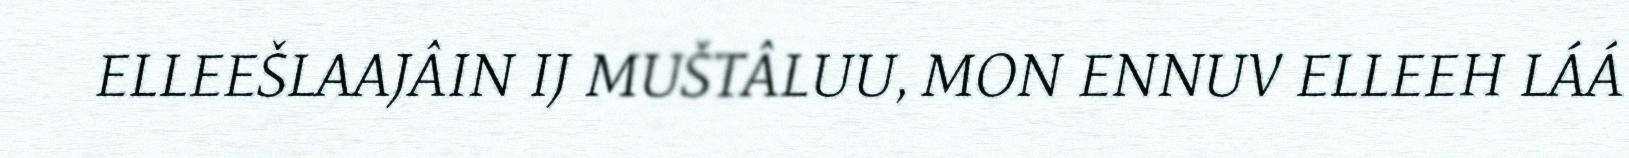
ELLEEŠLAAJÂIN IJ MUŠTÂLUU, MON ENNUV ELLEEH LÁÁ